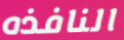
النافذه